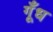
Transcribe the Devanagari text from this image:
गूँध